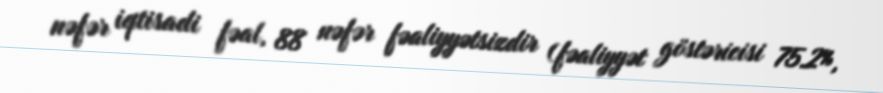
nəfər iqtisadi fəal, 88 nəfər fəaliyyətsizdir (fəaliyyət göstəricisi 75.2%,